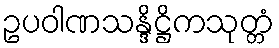
ဥပဝါဏသန္ဒိဋ္ဌိကသုတ္တံ